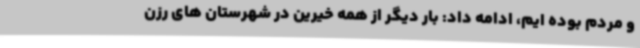
و مردم بوده ایم، ادامه داد: بار دیگر از همه خیرین در شهرستان های رزن